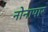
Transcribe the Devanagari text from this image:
नोनापार